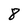
Character: 8